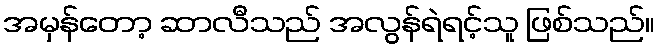
အမှန်တော့ ဆာလီသည် အလွန်ရဲရင့်သူ ဖြစ်သည်။